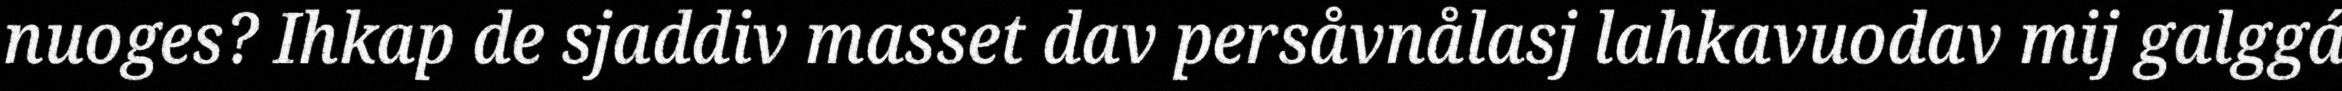
nuoges? Ihkap de sjaddiv masset dav persåvnålasj lahkavuodav mij galggá